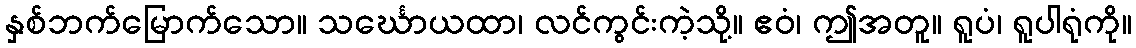
နှစ်ဘက်မြောက်သော။ သင်္ဃောယထာ၊ လင်ကွင်းကဲ့သို့။ ဧဝံ၊ ဤအတူ။ ရူပံ၊ ရူပါရုံကို။